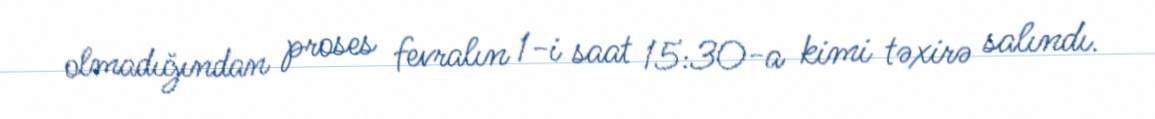
olmadığından proses fevralın 1-i saat 15:30-a kimi təxirə salındı.